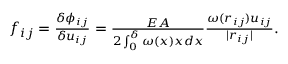
\begin{array} { r } { f _ { i j } = \frac { \delta \phi _ { i j } } { \delta u _ { i j } } = \frac { E A } { 2 \int _ { 0 } ^ { \delta } \omega ( x ) x d x } \frac { \omega ( r _ { i j } ) u _ { i j } } { | r _ { i j } | } . } \end{array}